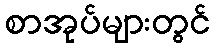
စာအုပ်များတွင်